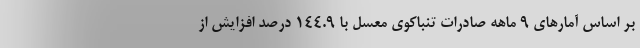
بر اساس آمارهای ۹ ماهه صادرات تنباکوی معسل با ۱۴۴.۹ درصد افزایش از